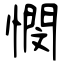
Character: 憫